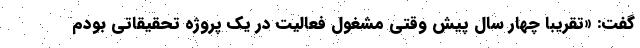
گفت: «تقریبا چهار سال پیش وقتی مشغول فعالیت در یک پروژه تحقیقاتی بودم